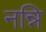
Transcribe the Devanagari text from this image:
नन्नि